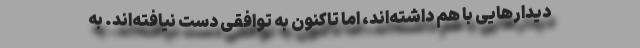
دیدارهایی با هم داشته‌اند، اما تاکنون به توافقی دست نیافته‌اند. به